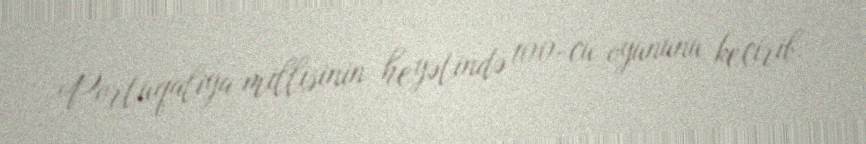
Portuqaliya millisinin heyətində 100-cü oyununu keçirib.